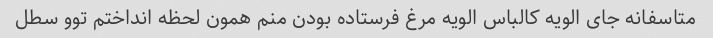
متاسفانه جای الویه کالباس الویه مرغ فرستاده بودن منم همون لحظه انداختم توو سطل